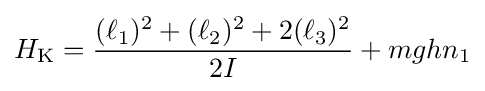
H_{\rm {K}}={\frac {(\ell _{1})^{2}+(\ell _{2})^{2}+2(\ell _{3})^{2}}{2I}}+mghn_{1}